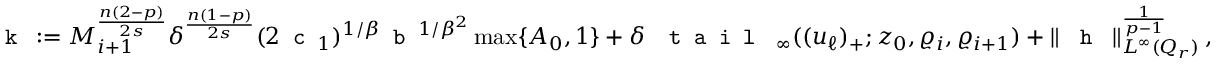
\begin{array} { r } { \texttt { k } : = M _ { i + 1 } ^ { \frac { n ( 2 - p ) } { 2 s } } \delta ^ { \frac { n ( 1 - p ) } { 2 s } } ( 2 \texttt { c } _ { 1 } ) ^ { 1 / \beta } \texttt { b } ^ { 1 / \beta ^ { 2 } } \operatorname* { m a x } \{ A _ { 0 } , 1 \} + \delta \, \textup { \texttt { t a i l } } _ { \infty } ( ( u _ { \ell } ) _ { + } ; z _ { 0 } , \varrho _ { i } , \varrho _ { i + 1 } ) + \| \textup { \texttt { h } } \| _ { L ^ { \infty } ( Q _ { r } ) } ^ { \frac { 1 } { p - 1 } } \, , } \end{array}